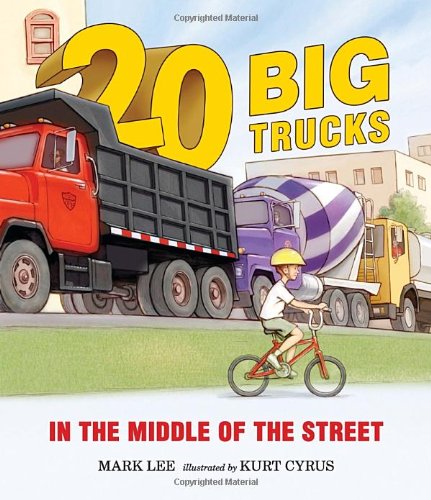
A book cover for Twenty Big Trucks in the Middle of the Street; Mark Lee; Children's Books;